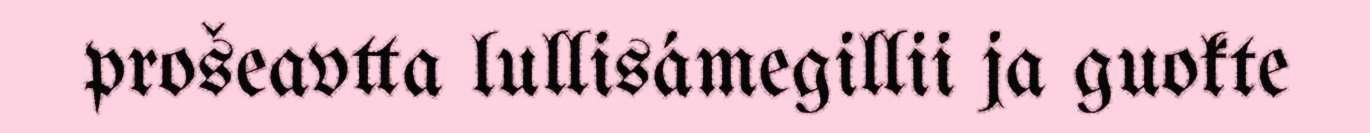
prošeavtta lullisámegillii ja guokte